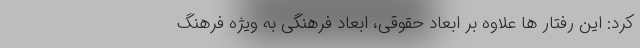
کرد: این رفتار ها علاوه بر ابعاد حقوقی، ابعاد فرهنگی به ویژه فرهنگ